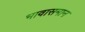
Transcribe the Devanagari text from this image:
भावासमान